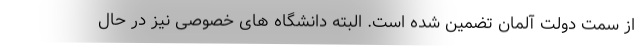
از سمت دولت آلمان تضمین شده است. البته دانشگاه های خصوصی نیز در حال